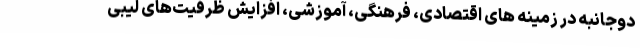
دوجانبه در زمینه های اقتصادی، فرهنگی، آموزشی، افزایش ظرفیت‌های لیبی